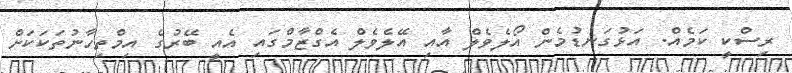
ރިސްކީ ކަމެއް. އަޅުގަނޑުމެން އޯލެވެލް އާއި އޭލެވެލް އެގްޒާމްގައި އެއީ ބޭރުގެ އިމްތިހާނުތަކަކަށް